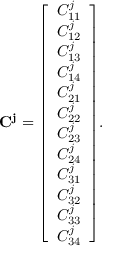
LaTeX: \mathbf { C ^ { j } } = { \left[ \begin{array} { l } { C _ { 1 1 } ^ { j } } \\ { C _ { 1 2 } ^ { j } } \\ { C _ { 1 3 } ^ { j } } \\ { C _ { 1 4 } ^ { j } } \\ { C _ { 2 1 } ^ { j } } \\ { C _ { 2 2 } ^ { j } } \\ { C _ { 2 3 } ^ { j } } \\ { C _ { 2 4 } ^ { j } } \\ { C _ { 3 1 } ^ { j } } \\ { C _ { 3 2 } ^ { j } } \\ { C _ { 3 3 } ^ { j } } \\ { C _ { 3 4 } ^ { j } } \end{array} \right] } .